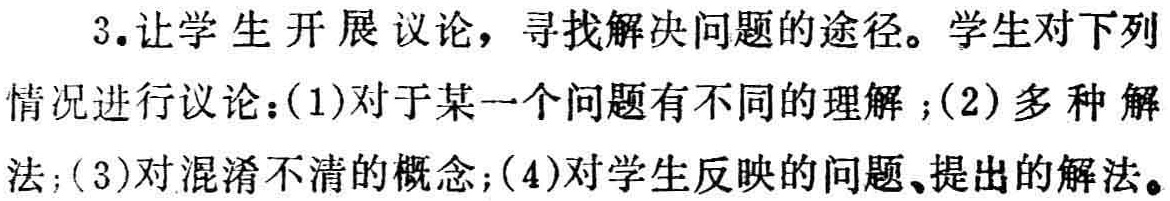
3.让学生开展议论，寻找解决问题的途径。学生对下列情况进行议论：(1)对于某一个问题有不同的理解；(2)多种解法；(3)对混淆不清的概念；(4)对学生反映的问题、提出的解法。